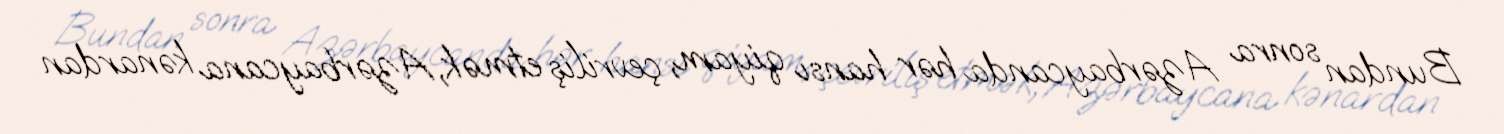
Bundan sonra Azərbaycanda hər hansı qiyam, çevriliş etmək, Azərbaycana kənardan